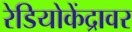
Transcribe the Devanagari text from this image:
रेडियोकेंद्रावर